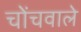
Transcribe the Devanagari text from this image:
चोंचवाले